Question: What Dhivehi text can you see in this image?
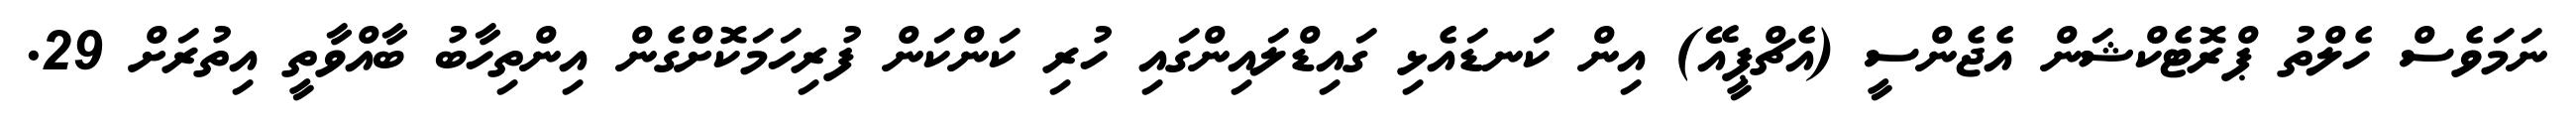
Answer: ނަމަވެސް ހެލްތު ޕްރޮޓެކްޝަން އެޖެންސީ (އެޗްޕީއޭ) އިން ކަނޑައެޅި ގައިޑްލައިންގައި ހުރި ކަންކަން ފުރިހަމަކޮށްގެން އިންތިހާބު ބާއްވާތީ އިތުރަށް 29.